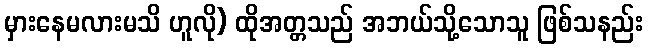
မှားနေမလားမသိ ဟူလို) ထိုအတ္တသည် အဘယ်သို့သောသူ ဖြစ်သနည်း